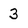
Character: 3